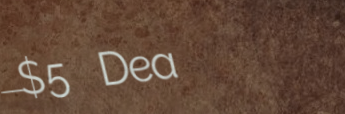
$5 Deal